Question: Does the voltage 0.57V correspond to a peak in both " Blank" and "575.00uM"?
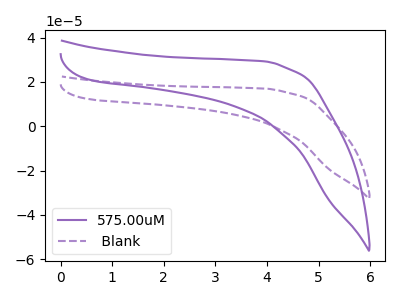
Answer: <think>The purple curve "575.00uM" has no peaks. The purple dashed curve " Blank" has no peaks.</think>
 <answer>No, " Blank" and "575.00uM" dont share a peak at 0.57V.</answer>
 <eval>mismatch</eval>